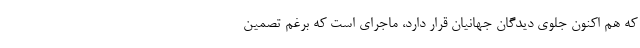
که هم اکنون جلوی دیدگان جهانیان قرار دارد، ماجرای است که برغم تصمین